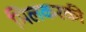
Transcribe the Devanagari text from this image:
मिलकरकी